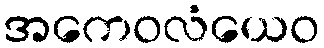
အကေဝလံယေဝ